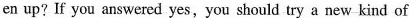
en up? If you answered yes,you should try a new kind of